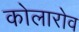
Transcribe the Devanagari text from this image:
कोलारोव